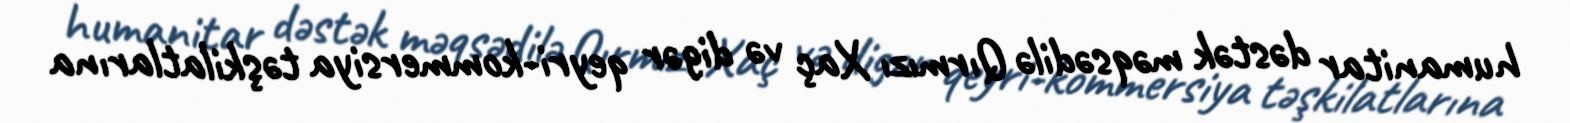
humanitar dəstək məqsədilə Qırmızı Xaç və digər qeyri-kommersiya təşkilatlarına